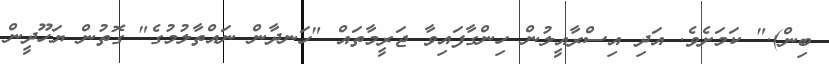
ބިން)." ކަމަށެވެ. އަދި އިސްރާއީލުން ހިންގާފައިވާ ޖަރީމާތައް "ހަނދާން ނައްތާލުމުގެ" ގޮތުން ޔަހޫދީން